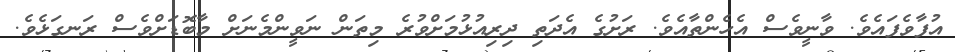
އުފާވެފައެވެ. ވާނީވެސް އެހެންތާއެވެ. ރަށުގެ އެދަތި ދިރިއުޅުމަށްވުރެ މިތަން ނަވީންމެނަށް މާބޮޑަށްވެސް ރަނގަޅެވެ.